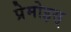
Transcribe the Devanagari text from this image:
प्रेमोइस्